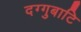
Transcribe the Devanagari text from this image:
दग्गुबाटि